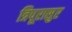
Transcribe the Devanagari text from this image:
त्रिपूरासुर